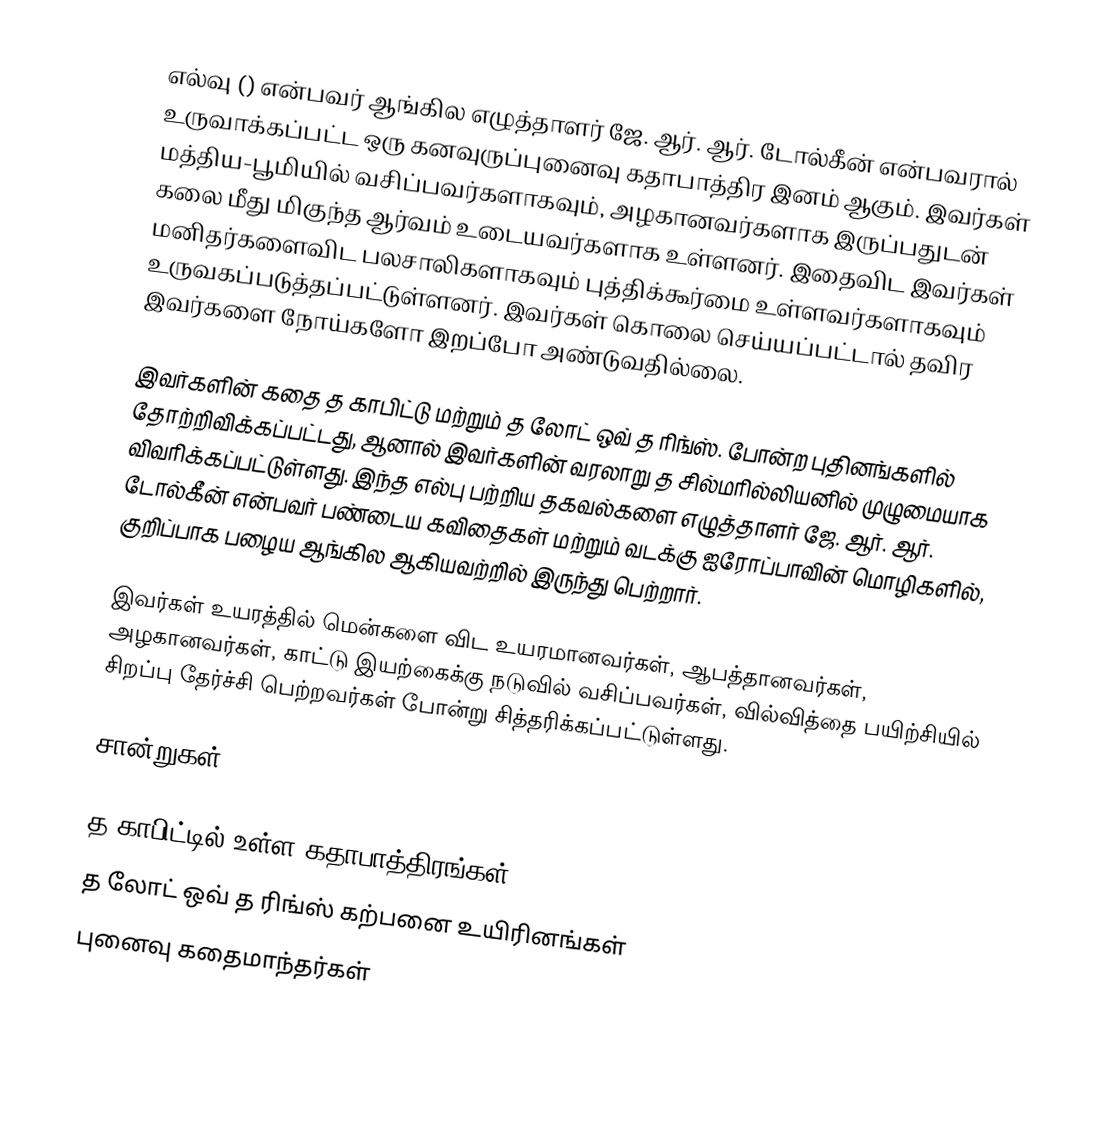
எல்வு () என்பவர் ஆங்கில எழுத்தாளர் ஜே. ஆர். ஆர். டோல்கீன் என்பவரால் உருவாக்கப்பட்ட ஒரு கனவுருப்புனைவு கதாபாத்திர இனம் ஆகும். இவர்கள் மத்திய-பூமியில் வசிப்பவர்களாகவும், அழகானவர்களாக இருப்பதுடன் கலை மீது மிகுந்த ஆர்வம் உடையவர்களாக உள்ளனர். இதைவிட இவர்கள் மனிதர்களைவிட பலசாலிகளாகவும் புத்திக்கூர்மை உள்ளவர்களாகவும் உருவகப்படுத்தப்பட்டுள்ளனர். இவர்கள் கொலை செய்யப்பட்டால் தவிர இவர்களை நோய்களோ இறப்போ அண்டுவதில்லை.

இவர்களின் கதை த காபிட்டு மற்றும் த லோட் ஒவ் த ரிங்ஸ். போன்ற புதினங்களில் தோற்றிவிக்கப்பட்டது, ஆனால் இவர்களின் வரலாறு த சில்மரில்லியனில் முழுமையாக விவரிக்கப்பட்டுள்ளது. இந்த எல்பு பற்றிய தகவல்களை எழுத்தாளர் ஜே. ஆர். ஆர். டோல்கீன் என்பவர் பண்டைய கவிதைகள் மற்றும் வடக்கு ஐரோப்பாவின் மொழிகளில், குறிப்பாக பழைய ஆங்கில ஆகியவற்றில் இருந்து பெற்றார்.

இவர்கள் உயரத்தில் மென்களை விட உயரமானவர்கள், ஆபத்தானவர்கள், அழகானவர்கள், காட்டு இயற்கைக்கு நடுவில் வசிப்பவர்கள், வில்வித்தை பயிற்சியில் சிறப்பு தேர்ச்சி பெற்றவர்கள் போன்று சித்தரிக்கப்பட்டுள்ளது.

சான்றுகள்

த காபிட்டில் உள்ள கதாபாத்திரங்கள்
த லோட் ஒவ் த ரிங்ஸ் கற்பனை உயிரினங்கள்
புனைவு கதைமாந்தர்கள்